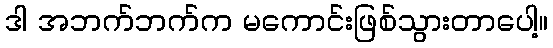
ဒါ အဘက်ဘက်က မကောင်းဖြစ်သွားတာပေါ့။